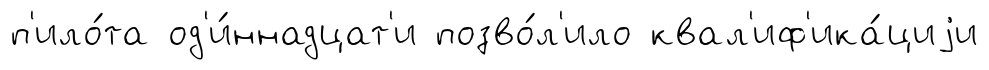
п'ило́та од'и́ннадцат'и позво́л'ило квал'иф'ика́циjи